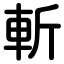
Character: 斬